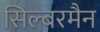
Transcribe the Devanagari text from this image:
सिल्बरमैन